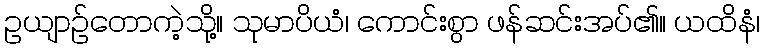
ဥယျာဉ်တောကဲ့သို့။ သုမာပိယံ၊ ကောင်းစွာ ဖန်ဆင်းအပ်၏။ ယထိနံ၊